Specificity of antivenomous sera, with special reference to a serum prepared with the venom of Daboia russellii - Number 16
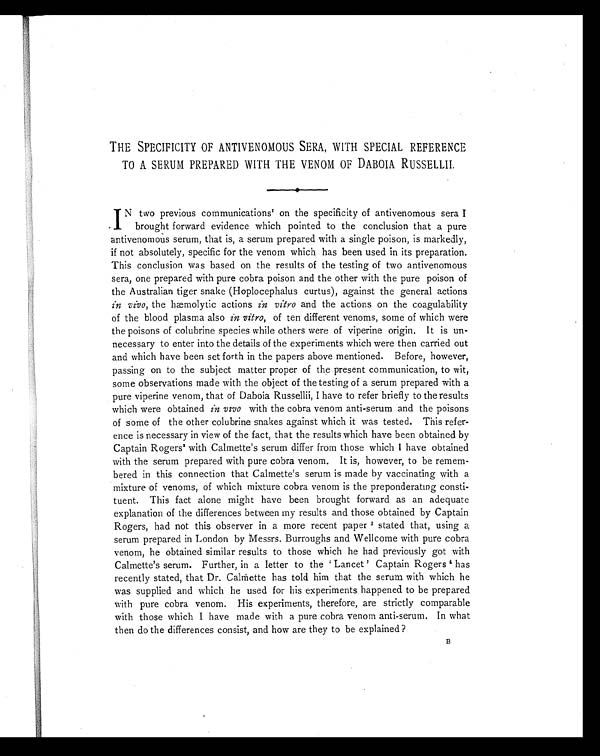
THE SPECIFICITY OF ANTIVENOMOUS SERA, WITH SPECIAL REFERENCE
TO A SERUM PREPARED WITH THE VENOM OF DABOIA RUSSELLII.
IN two previous communications1 on the specificity of antivenomous sera I
brought forward evidence which pointed to the conclusion that a pure
antivenomous serum, that is, a serum prepared with a single poison, is markedly,
if not absolutely, specific for the venom which has been used in its preparation.
This conclusion was based on the results of the testing of two antivenomous
sera, one prepared with pure cobra poison and the other with the pure poison of
the Australian tiger snake (Hoplocephalus curtus), against the general actions
in vivo, the hæmolytic actions in vitro and the actions on the coagulability
of the blood plasma also in vitro, of ten different venoms, some of which were
the poisons of colubrine species while others were of viperine origin. It is un-
necessary to enter into the details of the experiments which were then carried out
and which have been set forth in the papers above mentioned. Before, however,
passing on to the subject matter proper of the present communication, to wit,
some observations made with the object of the testing of a serum prepared with a
pure viperine venom, that of Daboia Russellii, I have to refer briefly to the results
which were obtained in vivo with the cobra venom anti-serum and the poisons
of some of the other colubrine snakes against which it was tested. This refer-
ence is necessary in view of the fact, that the results which have been obtained by
Captain Rogers2with Calmette's serum differ from those which I have obtained
with the serum prepared with pure cobra venom. It is, however, to be remem-
bered in this connection that Calmette's serum is made by vaccinating with a
mixture of venoms, of which mixture cobra venom is the preponderating consti-
tuent. This fact alone might have been brought forward as an adequate
explanation of the differences between my results and those obtained by Captain
Rogers, had not this observer in a more recent paper 3 stated that, using a
serum prepared in London by Messrs. Burroughs and Wellcome with pure cobra
venom, he obtained similar results to those which he had previously got with
Calmette's serum. Further, in a letter to the 'Lancet' Captain Rogers 4 has
recently stated, that Dr. Calmette has told him that the serum with which he
was supplied and which he used for his experiments happened to be prepared
with pure cobra venom. His experiments, therefore, are strictly comparable
with those which I have made with a pure cobra venom anti-serum. In what
then do the differences consist, and how are they to be explained?
B